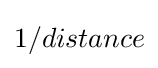
1/distance